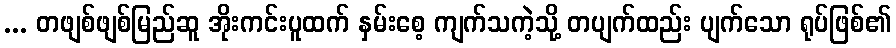
... တဖျစ်ဖျစ်မြည်ဆူ အိုးကင်းပူထက် နှမ်းစေ့ ကျက်သကဲ့သို့ တပျက်ထည်း ပျက်သော ရုပ်ဖြစ်၏